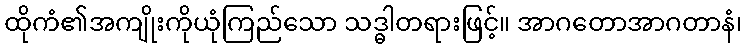
ထိုကံ၏အကျိုးကိုယုံကြည်သော သဒ္ဓါတရားဖြင့်။ အာဂတောအာဂတာနံ၊